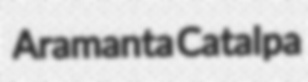
Aramanta Catalpa